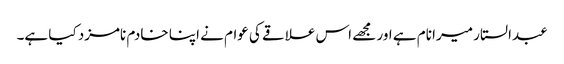
عبدالستار میرا نام ہے اور مجھے اس علاقے کی عوام نے اپنا خادم نامزد کیا ہے۔